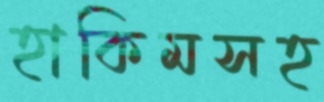
হাকিমসহ